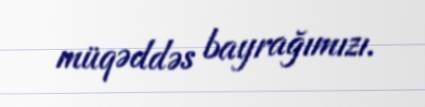
müqəddəs bayrağımızı.